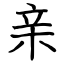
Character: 亲